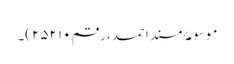
موسوعۂ مسند احمد، رقم ۲۵۲۱۰)۔